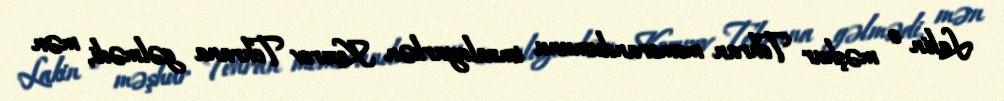
Lakin o məşhur Tehran memorandumunu imzalayarkən Kozırev Tehrana gəlmədi, mən